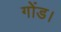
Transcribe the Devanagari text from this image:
गोंड।